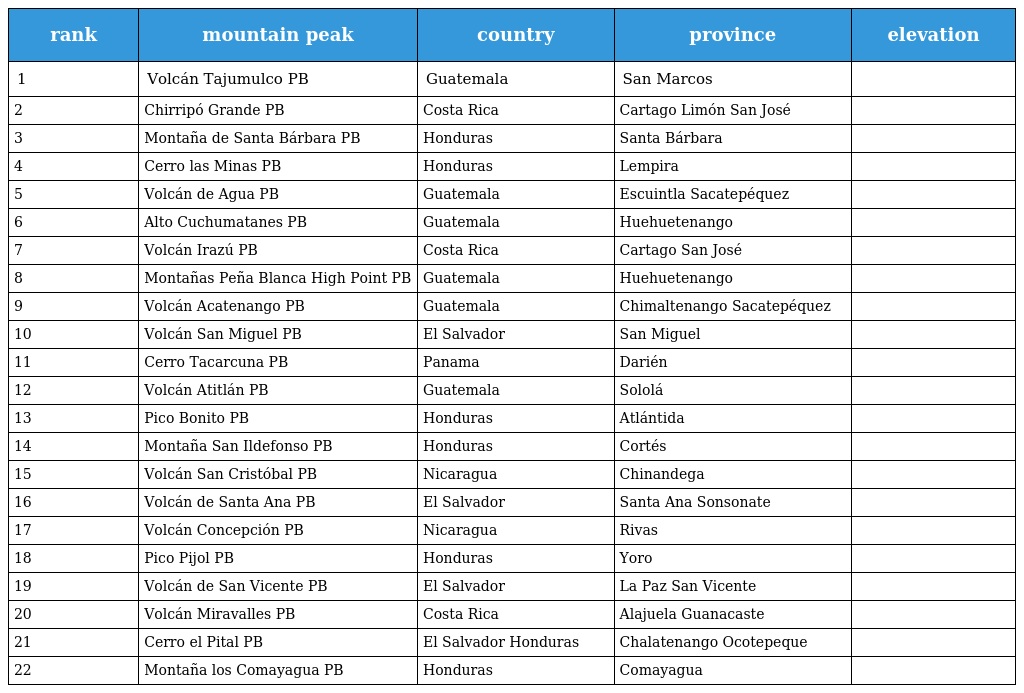
| rank | mountain peak | country | province | elevation |
 | --- | --- | --- | --- | --- |
 | 1 | Volcán Tajumulco PB | Guatemala | San Marcos |  |
 | 2 | Chirripó Grande PB | Costa Rica | Cartago Limón San José |  |
 | 3 | Montaña de Santa Bárbara PB | Honduras | Santa Bárbara |  |
 | 4 | Cerro las Minas PB | Honduras | Lempira |  |
 | 5 | Volcán de Agua PB | Guatemala | Escuintla Sacatepéquez |  |
 | 6 | Alto Cuchumatanes PB | Guatemala | Huehuetenango |  |
 | 7 | Volcán Irazú PB | Costa Rica | Cartago San José |  |
 | 8 | Montañas Peña Blanca High Point PB | Guatemala | Huehuetenango |  |
 | 9 | Volcán Acatenango PB | Guatemala | Chimaltenango Sacatepéquez |  |
 | 10 | Volcán San Miguel PB | El Salvador | San Miguel |  |
 | 11 | Cerro Tacarcuna PB | Panama | Darién |  |
 | 12 | Volcán Atitlán PB | Guatemala | Sololá |  |
 | 13 | Pico Bonito PB | Honduras | Atlántida |  |
 | 14 | Montaña San Ildefonso PB | Honduras | Cortés |  |
 | 15 | Volcán San Cristóbal PB | Nicaragua | Chinandega |  |
 | 16 | Volcán de Santa Ana PB | El Salvador | Santa Ana Sonsonate |  |
 | 17 | Volcán Concepción PB | Nicaragua | Rivas |  |
 | 18 | Pico Pijol PB | Honduras | Yoro |  |
 | 19 | Volcán de San Vicente PB | El Salvador | La Paz San Vicente |  |
 | 20 | Volcán Miravalles PB | Costa Rica | Alajuela Guanacaste |  |
 | 21 | Cerro el Pital PB | El Salvador Honduras | Chalatenango Ocotepeque |  |
 | 22 | Montaña los Comayagua PB | Honduras | Comayagua |  |